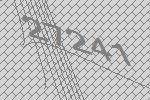
27241